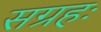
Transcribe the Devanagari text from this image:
सग्रहः